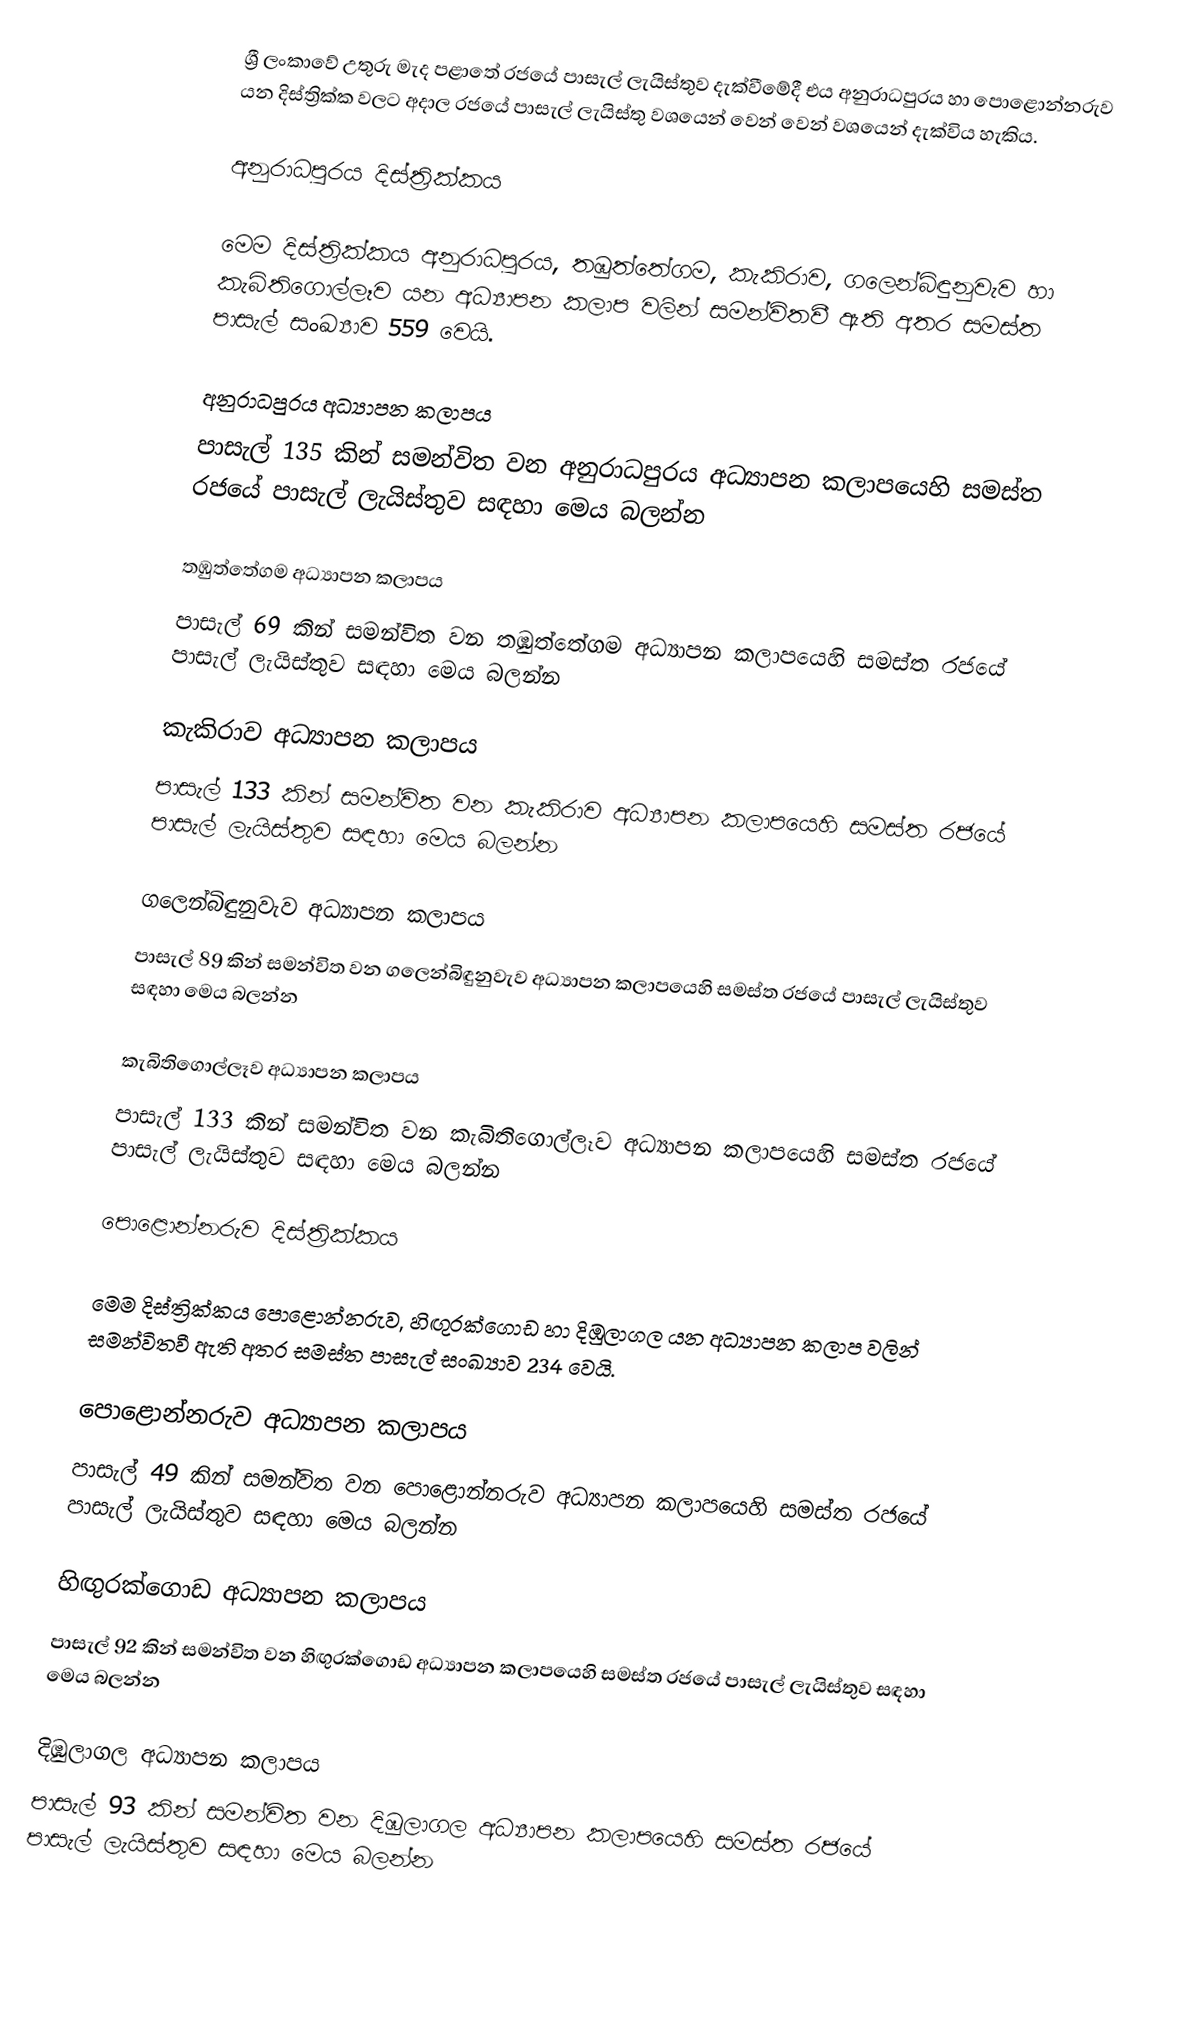
ශ්‍රී ලංකාවේ උතුරු මැද පළාතේ රජයේ පාසැල් ලැයිස්තුව දැක්වීමේදී එය   අනුරාධපුරය  හා  පොළොන්නරුව   යන දිස්ත්‍රික්ක වලට අදාල රජයේ පාසැල් ලැයිස්තු වශයෙන් වෙන් වෙන් වශයෙන් දැක්විය හැකිය.

අනුරාධපුරය දිස්ත්‍රික්කය

මෙම දිස්ත්‍රික්කය අනුරාධපුරය, තඹුත්තේගම, කැකිරාව, ගලෙන්බිඳුනුවැව හා කැබිතිගොල්ලෑව යන අධ්‍යාපන කලාප වලින් සමන්විතවී ඇති අතර සමස්ත පාසැල් සංඛ්‍යාව 559 වෙයි.

අනුරාධපුරය අධ්‍යාපන කලාපය
පාසැල් 135 කින් සමන්විත වන අනුරාධපුරය අධ්‍යාපන කලාපයෙහි සමස්ත රජයේ පාසැල් ලැයිස්තුව සඳහා මෙය බලන්න

තඹුත්තේගම අධ්‍යාපන කලාපය
පාසැල් 69 කින් සමන්විත වන තඹුත්තේගම අධ්‍යාපන කලාපයෙහි සමස්ත රජයේ පාසැල් ලැයිස්තුව සඳහා මෙය බලන්න

කැකිරාව අධ්‍යාපන කලාපය
පාසැල් 133 කින් සමන්විත වන කැකිරාව අධ්‍යාපන කලාපයෙහි සමස්ත රජයේ පාසැල් ලැයිස්තුව සඳහා මෙය බලන්න

ගලෙන්බිඳුනුවැව අධ්‍යාපන කලාපය
පාසැල් 89 කින් සමන්විත වන ගලෙන්බිඳුනුවැව අධ්‍යාපන කලාපයෙහි සමස්ත රජයේ පාසැල් ලැයිස්තුව සඳහා මෙය බලන්න

කැබිතිගොල්ලෑව අධ්‍යාපන කලාපය
පාසැල් 133 කින් සමන්විත වන කැබිතිගොල්ලෑව අධ්‍යාපන කලාපයෙහි සමස්ත රජයේ පාසැල් ලැයිස්තුව සඳහා මෙය බලන්න

පොළොන්නරුව දිස්ත්‍රික්කය

මෙම දිස්ත්‍රික්කය පොළොන්නරුව, හිඟුරක්ගොඩ හා දිඹුලාගල යන අධ්‍යාපන කලාප වලින් සමන්විතවී ඇති අතර සමස්ත පාසැල් සංඛ්‍යාව 234 වෙයි.

පොළොන්නරුව අධ්‍යාපන කලාපය
පාසැල් 49 කින් සමන්විත වන පොළොන්නරුව අධ්‍යාපන කලාපයෙහි සමස්ත රජයේ පාසැල් ලැයිස්තුව සඳහා මෙය බලන්න

හිඟුරක්ගොඩ අධ්‍යාපන කලාපය
පාසැල් 92 කින් සමන්විත වන හිඟුරක්ගොඩ අධ්‍යාපන කලාපයෙහි සමස්ත රජයේ පාසැල් ලැයිස්තුව සඳහා මෙය බලන්න

දිඹුලාගල අධ්‍යාපන කලාපය
පාසැල් 93 කින් සමන්විත වන දිඹුලාගල අධ්‍යාපන කලාපයෙහි සමස්ත රජයේ පාසැල් ලැයිස්තුව සඳහා මෙය බලන්න